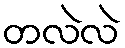
တလဲလဲ